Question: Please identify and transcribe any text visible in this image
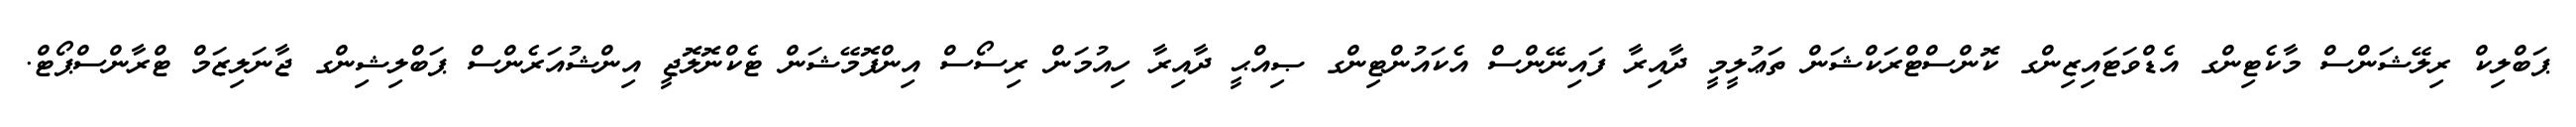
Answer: ޕަބްލިކް ރިލޭޝަންސް މާކެޓިންގ އެޑްވަޓައިޒިންގ ކޮންސްޓްރަކްޝަން ތަޢުލީމީ ދާއިރާ ފައިނޭންސް އެކައުންޓިންގ ޞިއްޙީ ދާއިރާ ހިއުމަން ރިސޯސް އިންފޮމޭޝަން ޓެކްނޮލޮޖީ އިންޝުއަރެންސް ޕަބްލިޝިންގ ޖާނަލިޒަމް ޓްރާންސްޕޯޓް.